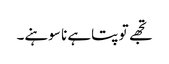
تجھے تو پتاہے نا سوہنے۔